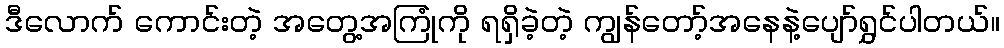
ဒီလောက် ကောင်းတဲ့ အတွေ့အကြုံကို ရရှိခဲ့တဲ့ ကျွန်တော့်အနေနဲ့ပျော်ရွှင်ပါတယ်။